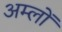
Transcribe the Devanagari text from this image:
अम्‍लों